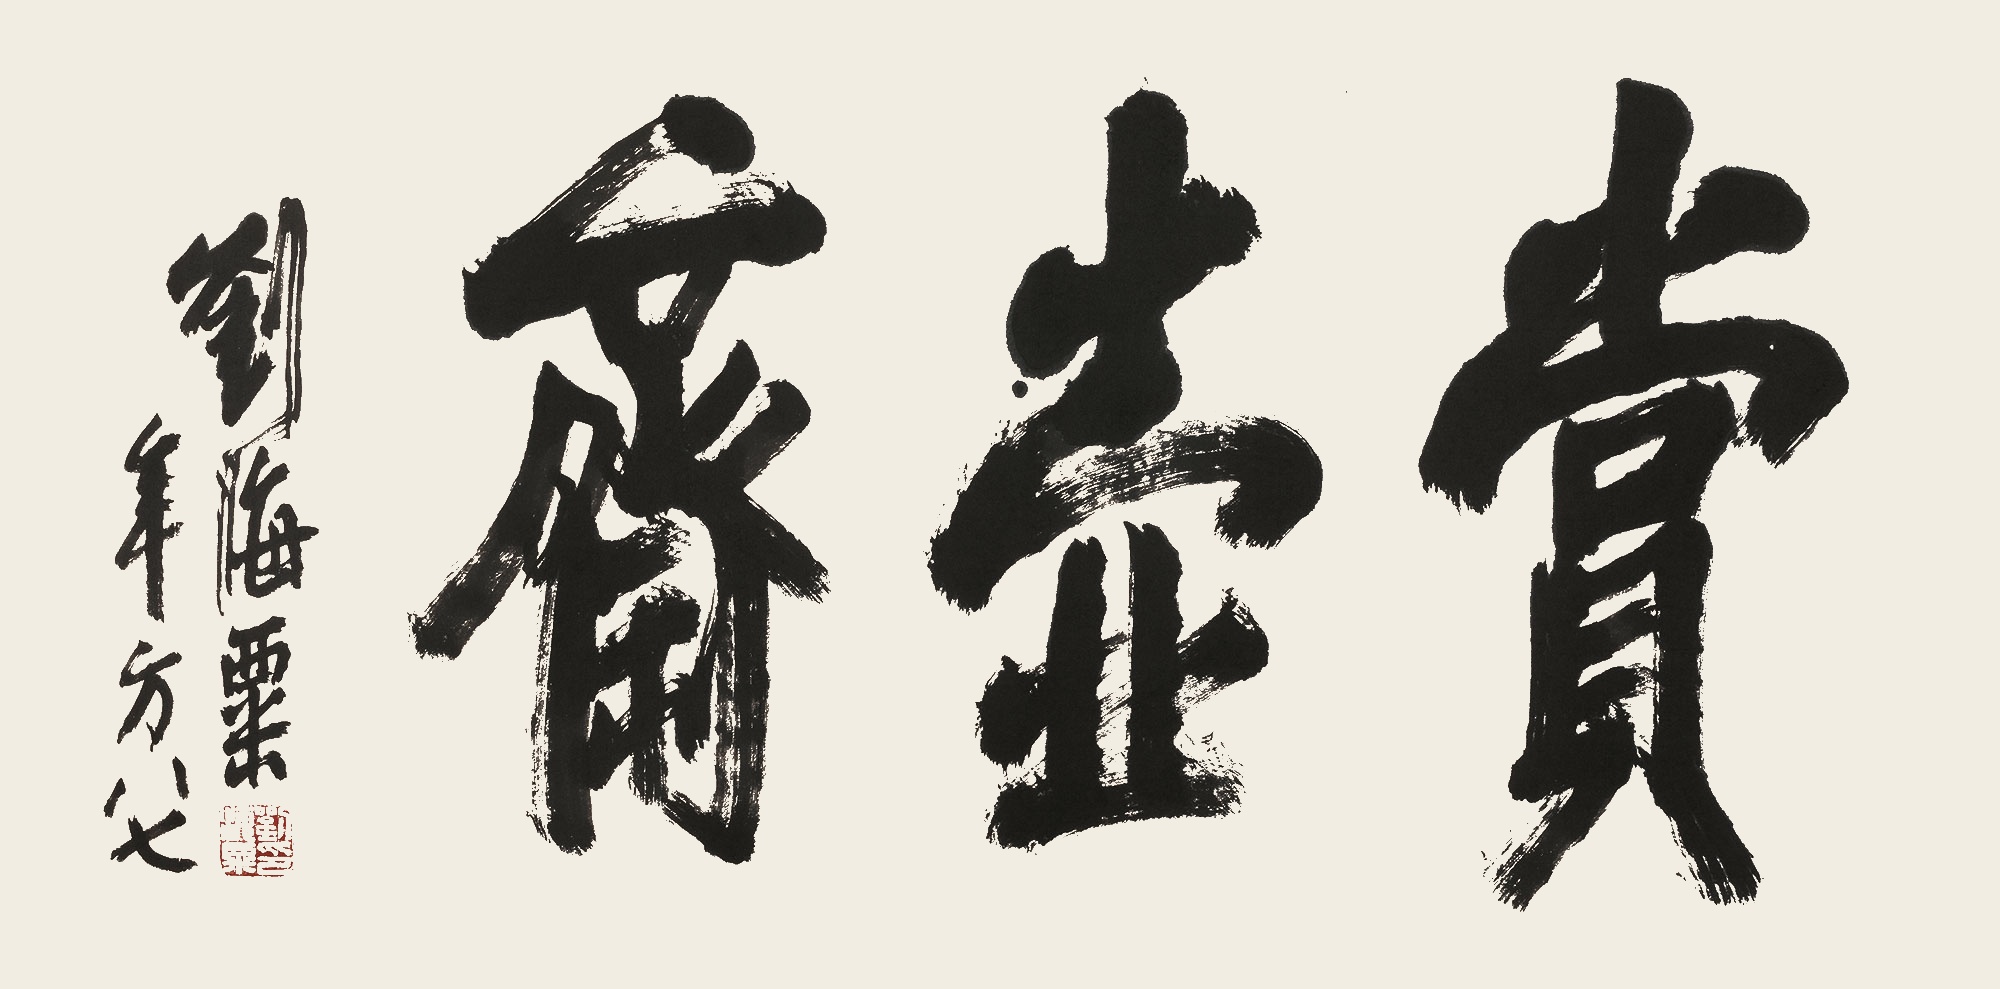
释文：赏壶斋刘海粟年方八七。